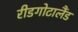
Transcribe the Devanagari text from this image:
रीडगोटालैंड